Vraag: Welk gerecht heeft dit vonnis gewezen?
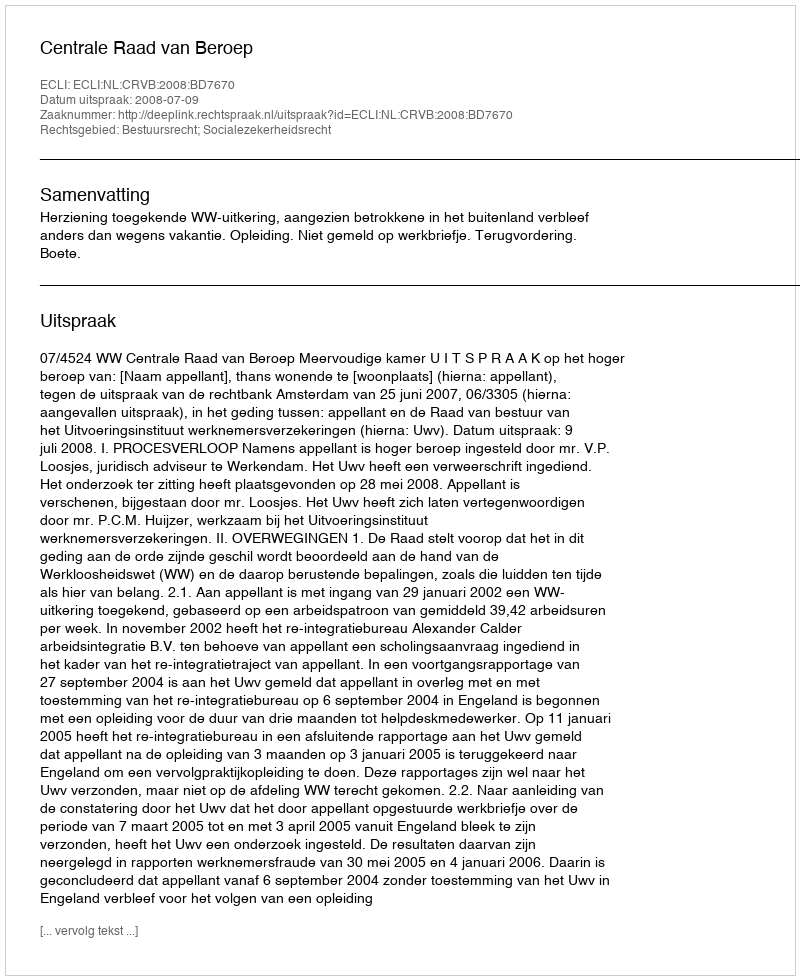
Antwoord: Centrale Raad van Beroep